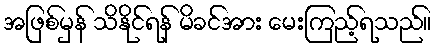
အဖြစ်မှန် သိနိုင်ရန် မိခင်အား မေးကြည့်ရသည်။